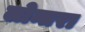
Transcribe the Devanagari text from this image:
लोन्तरा